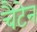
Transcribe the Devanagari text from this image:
चैटेन